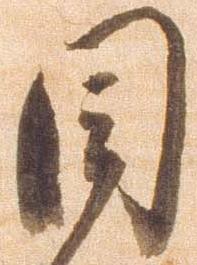
目